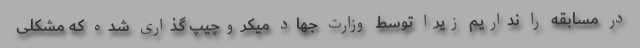
در مسابقه را نداریم زیرا توسط وزارت جهاد میکروچیپ گذاری شده که مشکلی